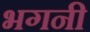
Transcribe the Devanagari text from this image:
भगनी